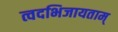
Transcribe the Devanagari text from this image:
त्वदभिजायताम्